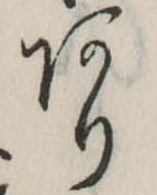
あり